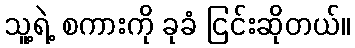
သူ့ရဲ့ စကားကို ခုခံ ငြင်းဆိုတယ်။